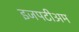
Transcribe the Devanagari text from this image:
इजपटीअम